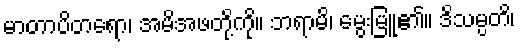
မာတာပိတရော၊ အမိအဖတို့ကို။ ဘရာမိ၊ မွေးမြူ၏။ ဒိသမ္ပတိ၊